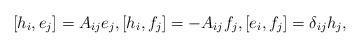
LaTeX: \begin{align*}[h_i,e_j]=A_{ij}e_j,[h_i,f_j]=-A_{ij}f_j,[e_i,f_j]=\delta_{ij}h_j,\end{align*}